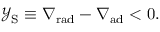
\ensuremath { \mathcal { Y } _ { \mathrm { { S } } } } \equiv \ensuremath { \nabla _ { \mathrm { { r a d } } } } - \ensuremath { \nabla _ { \mathrm { { a d } } } } < 0 .